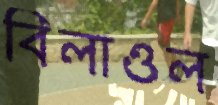
বিলাওল